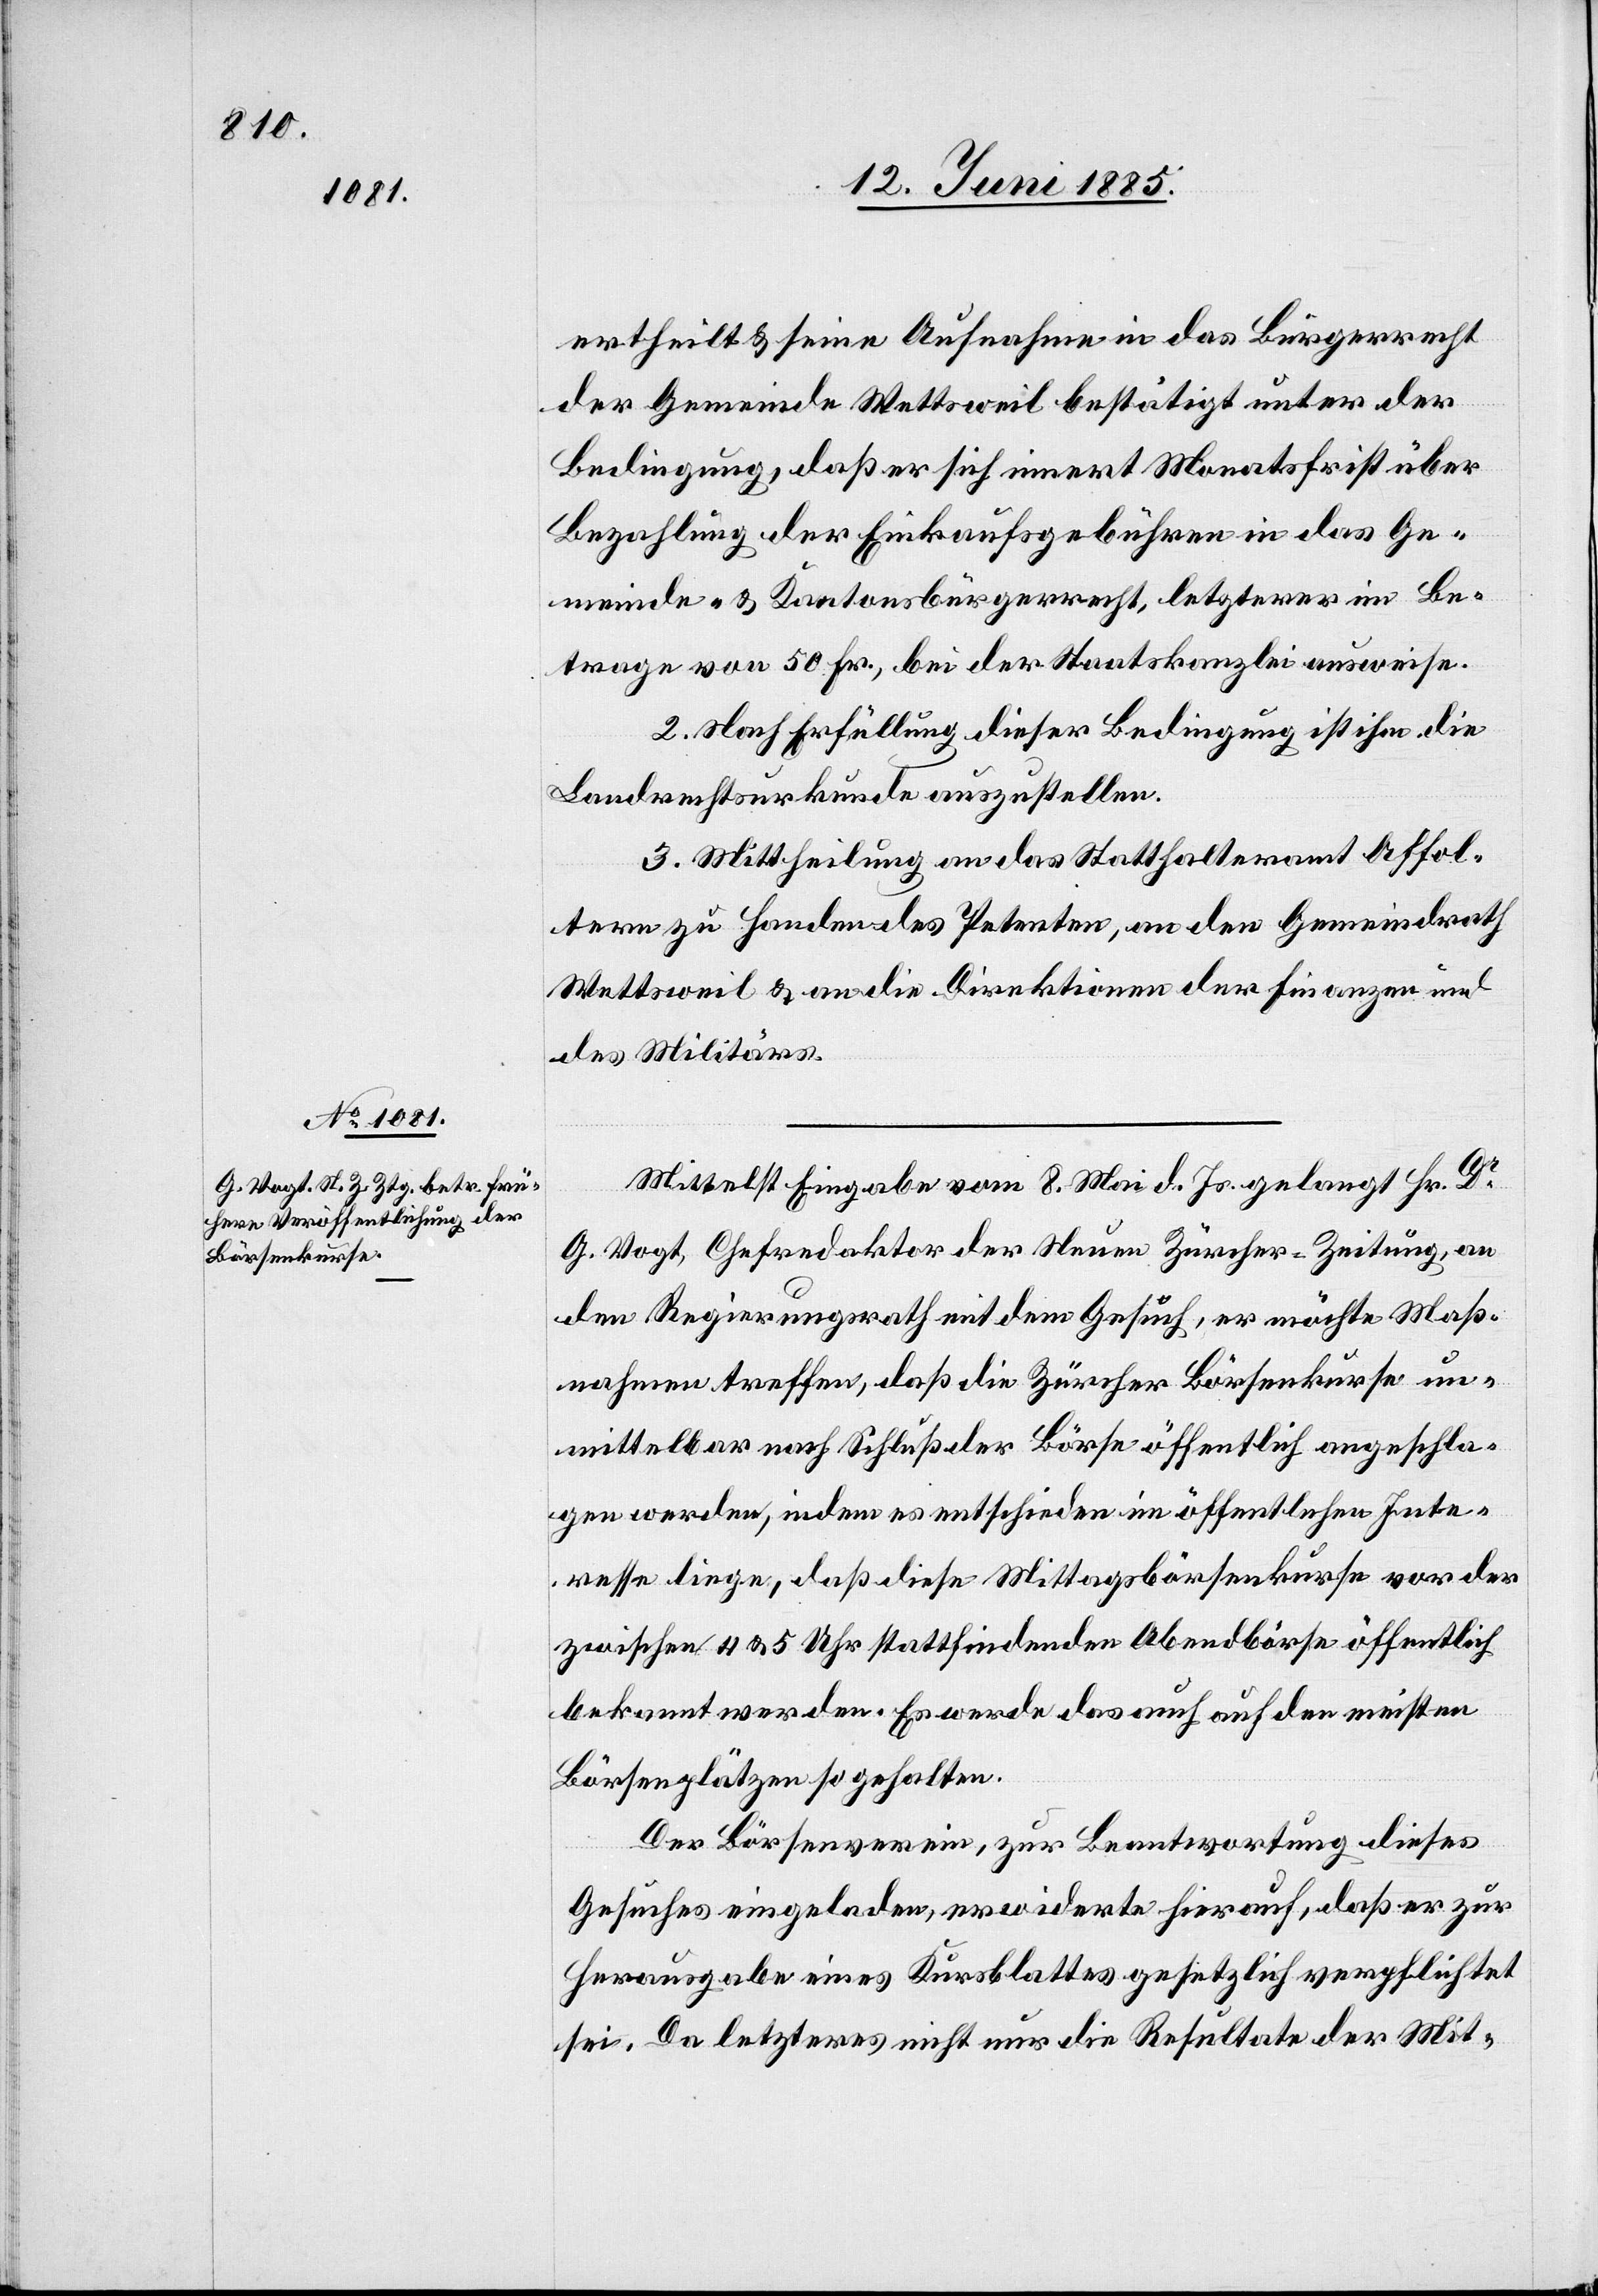
ertheilt & seine Aufnahme in das Bürgerrecht
der Gemeinde Wettsweil bestätigt unter der
Bedingung, daß er sich innert Monatsfrist über
Bezahlung der Einkaufsgebühren in das Ge¬
meinde- & Kantonsbürgerrecht, letzterer im Be¬
trage von 50 Fr., bei der Staatskanzlei ausweise.
2. Nach Erfüllung dieser Bedingung ist ihm die
Landrechtsurkunde auszustellen.
3. Mittheilung an das Statthalteramt Affol¬
tern zu Handen des Petenten, an den Gemeindrath
Wettsweil & an die Direktionen der Finanzen und
des Militärs.
Mittelst Eingabe vom 8. Mai d. Js. gelangt Hr. Dr
G. Vogt, Chefredaktor der Neuen Zürcher Zeitung an
den Regierungsrath mit dem Gesuch, er möchte Maß¬
nahmen treffen, daß die Zürcher Börsenkurse un¬
mittelbar nach Schluß der Börse öffentlich angeschla¬
gen werden, indem es entschieden im öffentlichen Inte¬
resse liege, daß diese Mittagsbörsenkurse vor der
zwischen 4 & 5 Uhr stattfindenden Abendbörse öffentlich
bekannt werden. Es werde das auch auf den meisten
Börsenplätzen so gehalten.
Der Börsenverein, zur Beantwortung dieses
Gesuches eingeladen, erwiderte hierauf, daß er zur
Herausgabe eines Kursblattes gesetzlich verpflichtet
sei. Da letzteres nicht nur die Resultate der Mit-